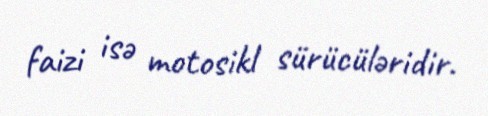
faizi isə motosikl sürücüləridir.